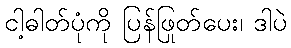
ငါ့ဓါတ်ပုံကို ပြန်ဖြုတ်ပေး၊ ဒါပဲ